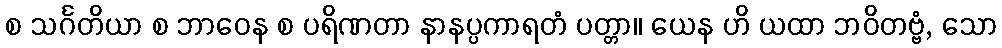
စ သင်္ဂတိယာ စ ဘာဝေန စ ပရိဏတာ နာနပ္ပကာရတံ ပတ္တာ။ ယေန ဟိ ယထာ ဘဝိတဗ္ဗံ, သော